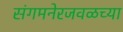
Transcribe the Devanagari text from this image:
संगमनेरजवळच्या